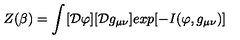
Z ( \beta ) = \int _ { } ^ { } [ { \cal D } \varphi ] [ { \cal D } g _ { \mu \nu } ] e x p [ - I ( \varphi , g _ { \mu \nu } ) ]